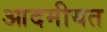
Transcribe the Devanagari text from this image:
आदमीयत